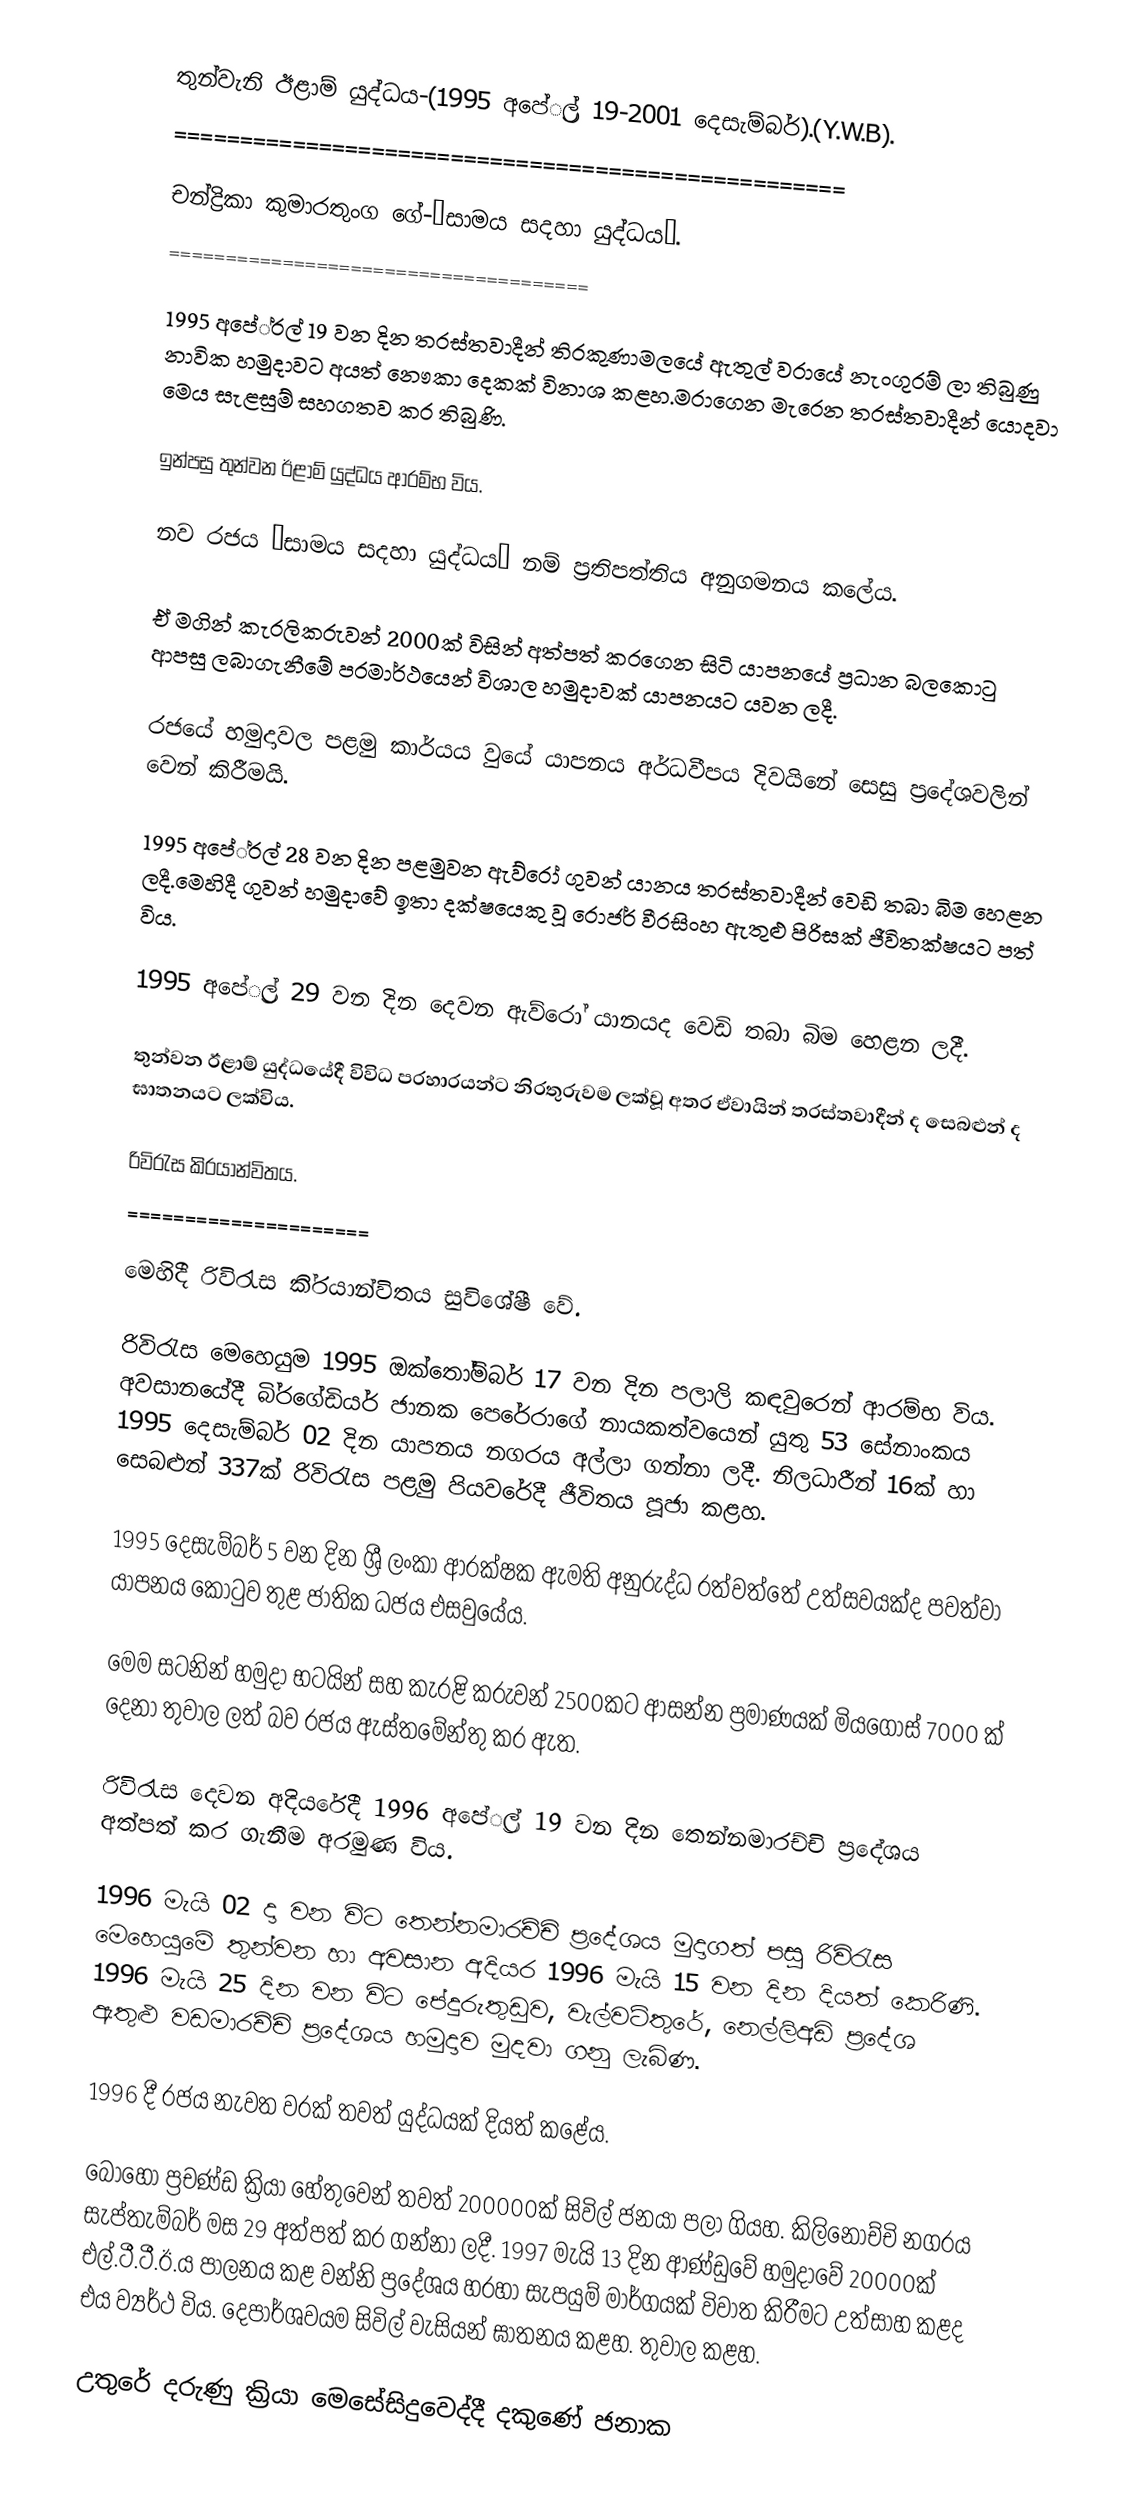
තුන්වැනි ඊළාම් යුද්ධය-(1995 අපේ‍්‍රල් 19-2001 දෙසැම්බර්).(Y.W.B).
===================================================

චන්ද්‍රිකා කුමාරතුංග ගේ-“සාමය සදහා යුද්ධය”.
=====================================

1995 අපේ‍්‍රල් 19 වන දින ත‍්‍රස්තවාදීන් ති‍්‍රකුණාමලයේ ඇතුල් වරායේ නැංගුරම් ලා තිබුණු නාවික හමුදාවට අයත් නෞකා දෙකක් විනාශ කළහ.මරාගෙන මැරෙන ත‍්‍රස්තවාදීන් යොදවා මෙය සැළසුම් සහගතව කර තිබුණි.

ඉන්පසු තුන්වන ඊළාම් යුද්ධය ආරම්භ විය.

නව රජය “සාමය සදහා යුද්ධය” නම් ප්‍රතිපත්තිය අනුගමනය කලේය.

ඒ මගින් කැරලිකරුවන් 2000ක් විසින් අත්පත් කරගෙන සිටි යාපනයේ ප්‍රධාන බලකොටු ආපසු ලබාගැනීමේ පරමාර්ථයෙන් විශාල හමුදාවක් යාපනයට යවන ලදී.

රජයේ හමුදාවල පළමු කාර්යය වුයේ යාපනය අර්ධවීපය දිවයිනේ සෙසු ප්‍රදේශවලින් වෙන් කිරීමයි.

1995 අපේ‍්‍රල් 28 වන දින පළමුවන ඇව්රෝ ගුවන් යානය ත‍්‍රස්තවාදීන් වෙඩි තබා බිම හෙළන ලදී.මෙහිදී ගුවන් හමුදාවේ ඉතා දක්ෂයෙකු වූ රොජර් වීරසිංහ ඇතුළු පිරිසක් ජීවිතක්ෂයට පත් විය.

1995 අපේ‍්‍රල් 29 වන දින දෙවන ඇව්රෝ යානයද වෙඩි තබා බිම හෙළන ලදී.

තුන්වන ඊළාම් යුද්ධයේදී විවිධ ප‍්‍රහාරයන්ට නිරතුරුවම ලක්වූ අතර ඒවායින් ත‍්‍රස්තවාදීන් ද සෙබළුන් ද ඝාතනයට ලක්විය.

රිවිරැස කි‍්‍රයාන්විතය.
=====================

මෙහිදී රිවිරැස කි‍්‍රයාන්විතය සුවිශේෂී වේ.

රිවිරැස මෙහෙයුම 1995 ඔක්තෝම්බර් 17 වන දින පලාලි කඳවුරෙන් ආරම්භ විය. අවසානයේදී බි‍්‍රගේඩියර් ජානක පෙරේරාගේ නායකත්වයෙන් යුතු 53 සේනාංකය 1995 දෙසැම්බර් 02 දින යාපනය නගරය අල්ලා ගන්නා ලදී. නිලධාරීන් 16ක් හා සෙබළුන් 337ක් රිවිරැස පළමු පියවරේදී ජීවිතය පූජා කළහ.

1995 දෙසැම්බර් 5 වන දින ශ්‍රී ලංකා ආරක්ෂක ඇමති අනුරුද්ධ රත්වත්තේ උත්සවයක්ද පවත්වා යාපනය කොටුව තුළ ජාතික ධජය එසවුයේය.

මෙම සටනින් හමුදා භටයින් සහ කැරළි කරුවන් 2500කට ආසන්න ප්‍රමාණයක් මියගොස් 7000 ක් දෙනා තුවාල ලත් බව රජය ඇස්තමේන්තු කර ඇත.

රිවිරැස දෙවන අදියරේදී 1996 අපේ‍්‍රල් 19 වන දින තෙන්නමාරච්චි ප‍්‍රදේශය අත්පත් කර ගැනීම අරමුණ විය.

1996 මැයි 02 දා වන විට තෙන්නමාරච්චි ප‍්‍රදේශය මුදාගත් පසු රිවිරැස මෙහෙයුමේ තුන්වන හා අවසාන අදියර 1996 මැයි 15 වන දින දියත් කෙරිණි. 1996 මැයි 25 දින වන විට පේදුරුතුඩුව, වැල්වටිතුරේ, නෙල්ලිඅඩි ප‍්‍රදේශ ඇතුළු වඩමාරච්චි ප‍්‍රදේශය හමුදාව මුදවා ගනු ලැබිණ.

1996 දී රජය නැවත වරක් තවත් යුද්ධයක් දියත් කළේය.

බොහෝ ප්‍රචණ්ඩ ක්‍රියා හේතුවෙන් තවත් 200000ක් සිවිල් ජනයා පලා ගියහ. කිලිනොච්චි නගරය සැප්තැම්බර් මස 29 අත්පත් කර ගන්නා ලදී. 1997 මැයි 13 දින ආණ්ඩුවේ හමුදාවේ 20000ක් එල්.ටී.ටී.ඊ.ය පාලනය කළ වන්නි ප්‍රදේශය හරහා සැපයුම් මාර්ගයක් විවාත කිරීමට උත්සාහ කළද එය ව්‍යර්ථ විය. දෙපාර්ශවයම සිවිල් වැසියන් ඝාතනය කළහ. තුවාල කළහ.

උතුරේ දරුණු ක්‍රියා මෙසේසිදුවෙද්දී දකුණේ ජනාක